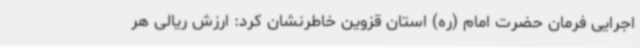
اجرایی فرمان حضرت امام (ره) استان قزوین خاطرنشان کرد: ارزش ریالی هر